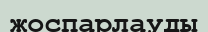
жоспарлауды